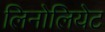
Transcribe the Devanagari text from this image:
लिनोलियेट